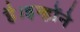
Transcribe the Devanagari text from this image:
है।इन्होंने